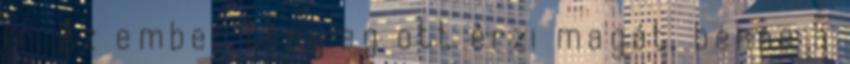
ír. Az ember tényleg ott érzi magát, benne a